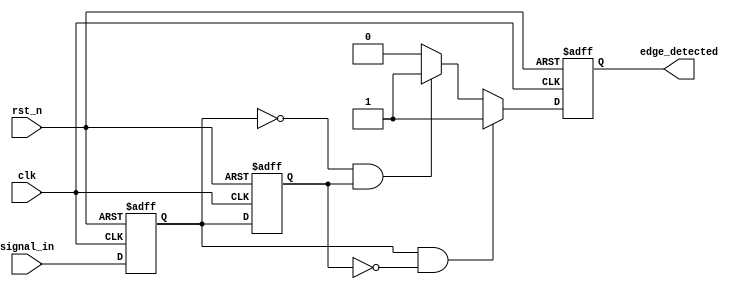
module glitch_free_edge_detector (
    input wire clk,          // Clock signal
    input wire rst_n,       // Active low reset signal
    input wire signal_in,    // Input signal to monitor for edges
    output reg edge_detected // Output signal indicating edge detection
);

    // Memory blocks to store current and previous states
    reg signal_prev; // Previous state of the input signal
    reg signal_curr; // Current state of the input signal

    // Sequential logic to capture the current and previous states
    always @(posedge clk or negedge rst_n) begin
        if (!rst_n) begin
            signal_prev <= 1'b0; // Reset previous state
            signal_curr <= 1'b0; // Reset current state
            edge_detected <= 1'b0; // Reset edge detected output
        end else begin
            // Update previous state to current state
            signal_prev <= signal_curr;
            // Capture the current state of the input signal
            signal_curr <= signal_in;

            // Edge detection logic
            if (signal_curr && !signal_prev) begin
                edge_detected <= 1'b1; // Rising edge detected
            end else if (!signal_curr && signal_prev) begin
                edge_detected <= 1'b1; // Falling edge detected
            end else begin
                edge_detected <= 1'b0; // No edge detected
            end
        end
    end

endmodule